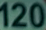
120